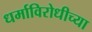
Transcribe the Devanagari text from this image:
धर्माविरोधीच्या